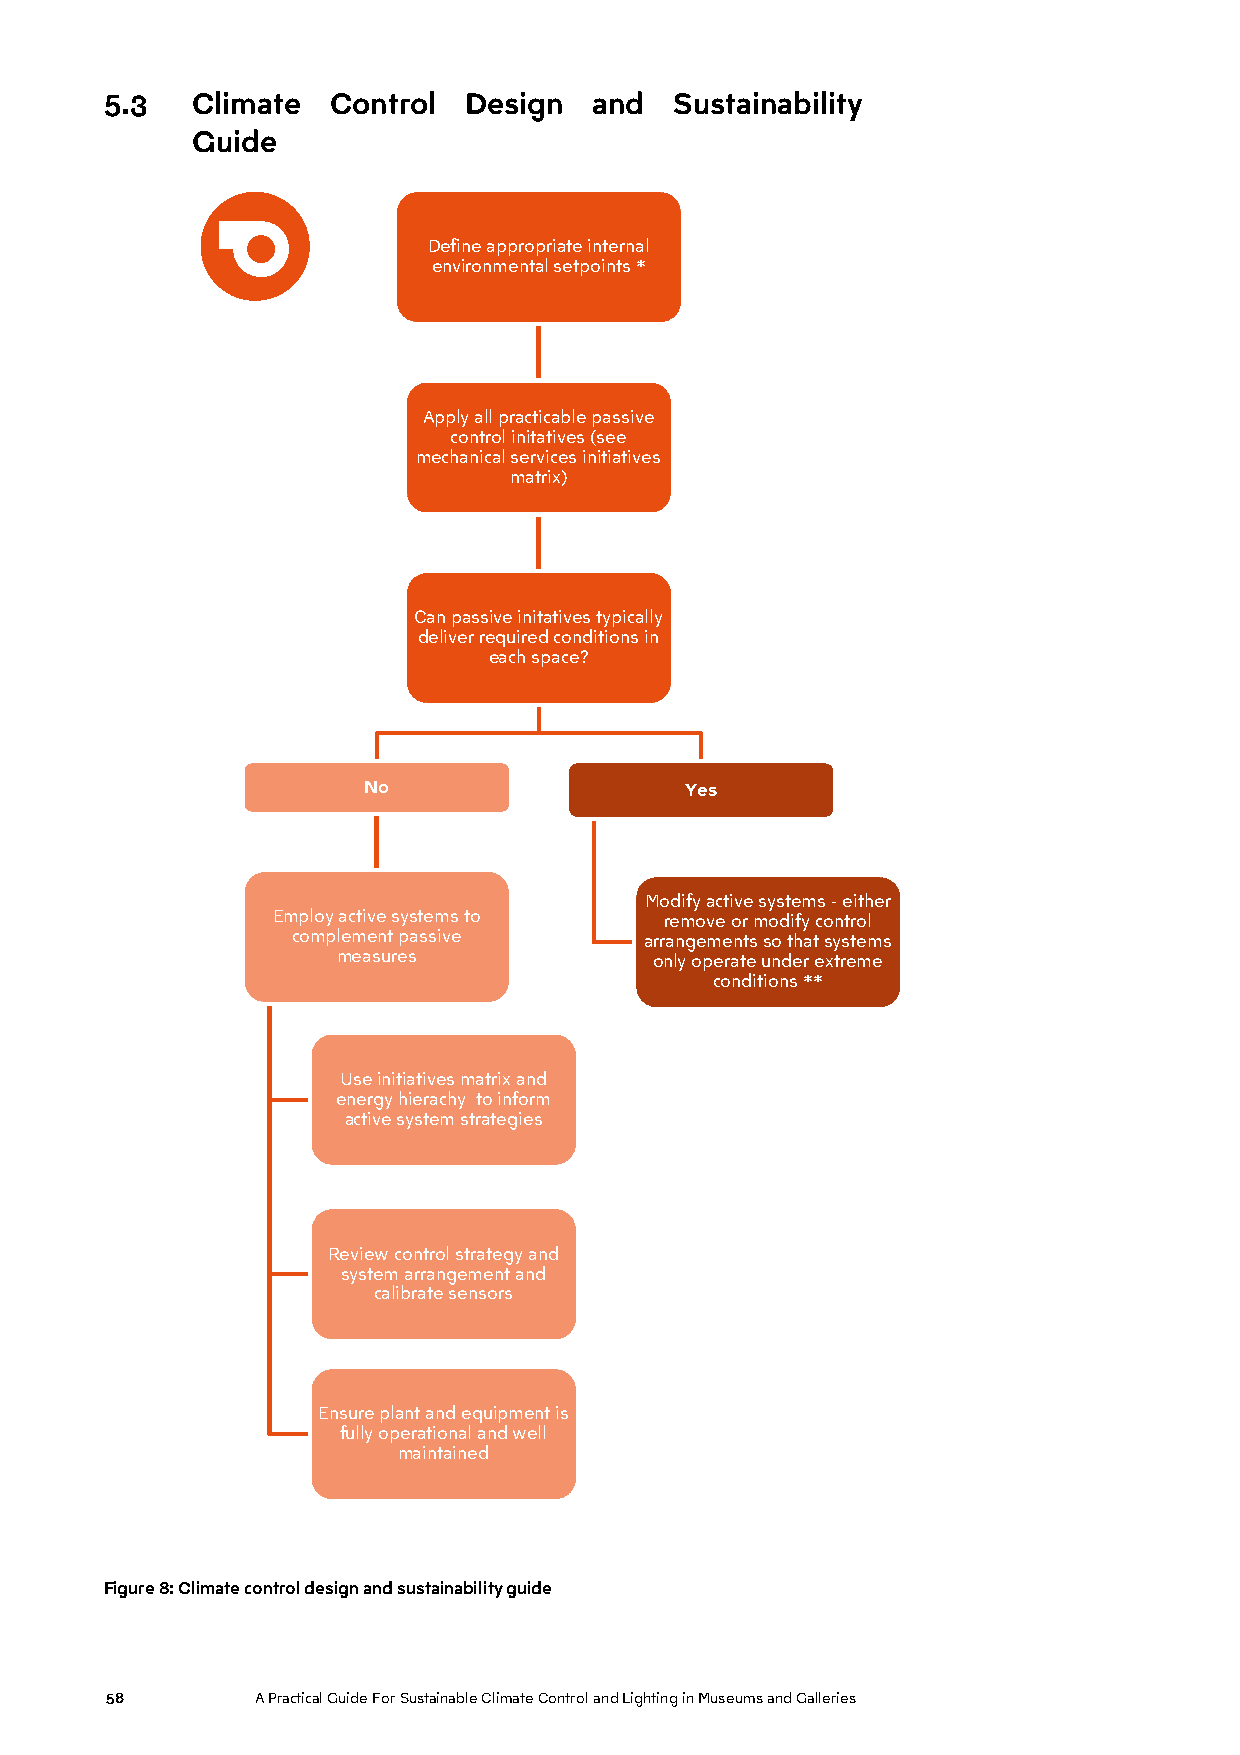
5.3   Climate  Control  Design  and   Sustainability
 Guide
 Define appropriate internal
 environmental setpoints *
 Apply all practicable passive
 control initatives (see
 mechanical services initiatives
 matrix)
 Can passive initatives typically
 deliver required conditions in
 each space?
 No                   Yes
 Modify active systems -either
 Employ active systems to  remove or modify control
 complement passive      arrangements so that systems
 measures             only operate under extreme
 conditions **
 Useinitiatives matrix and
 energy hierachy to inform
 active system strategies
 Review control strategy and
 system arrangement and
 calibrate sensors
 Ensure plant and equipment is
 fully operational and well
 maintained
 Figure 8: Climate control design and sustainability guide
 58        A Practical Guide For Sustainable Climate Control and Lighting in Museums and Galleries